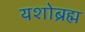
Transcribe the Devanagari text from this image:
यशोब्रह्म